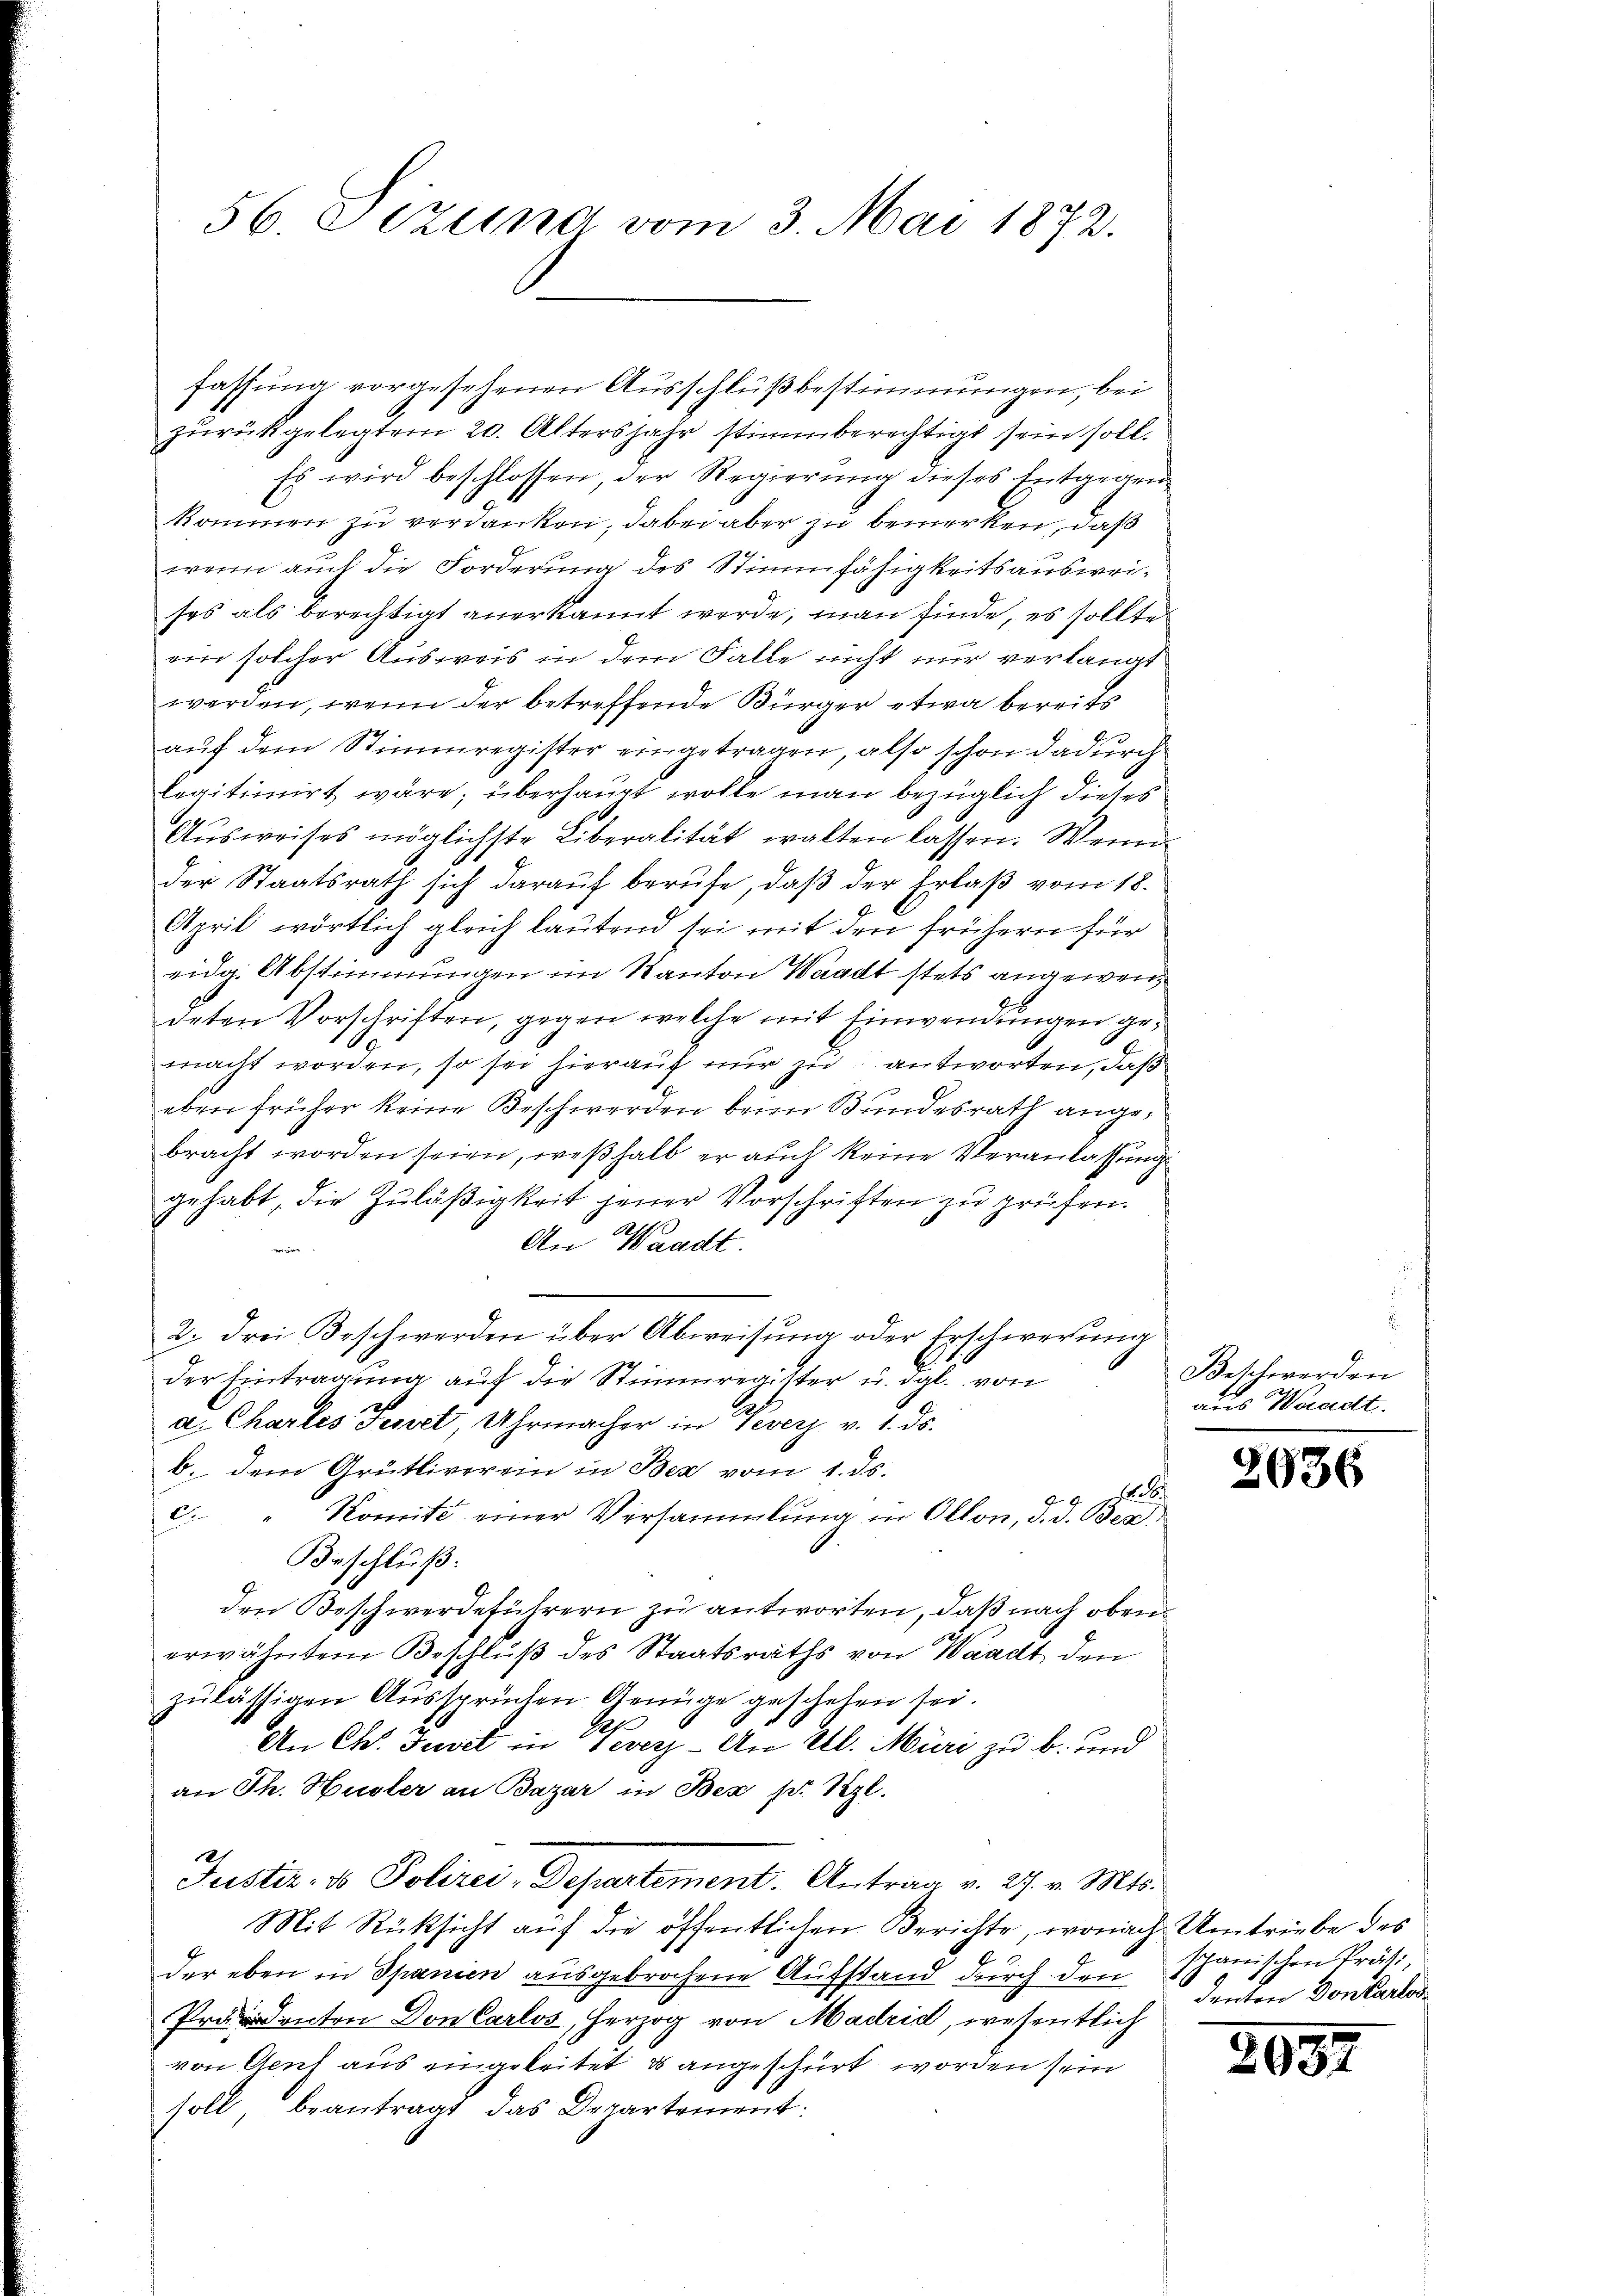
56. Sezung vom 3. Mai 1872.

fassung vorgesehenen Ausschlußbestimmungen, bei
zŭrückgelegtem 20. Altersjahr stimmberechtigt sein soll.
Es wird beschlossen, der Regierung dieses Entgegen
kommen zu verdanken, dabei aber zu bemerken, daß
wenn auch die Forderung des Stimmfähigkeitsausweises als berechtigt anerkannt werde, man finde, es sollte
ein solcher Ausweis in dem Falle nicht nur verlangt
werden, wenn der betreffende Bürger etwa bereits
auf dem Stimmregister eingetragen, also schon dadurch
legitimirt wäre; überhaupt wolle man bezüglich dieses
Aŭsweises möglichste Liberalität walten lassen. Wenn
der Staatsrath sich darauf berufe, daß der Erlaß vom 18.
April wörtlich gleich lautend sei mit den frühern für
eida. Abstimmungen im Kanton Waadt stets angewendeten Vorschriften, gegen welche mit Einwendungen gemacht worden, so sei hierauf nur zu antworten, daß
eben früher keine Beschwerden beim Bundesrath angebracht worden seien, weßhalb er auch keine Veranlassung
gehabt, die Zuläßigkeit jener Vorschriften zu prüfen.
An Waadt.
i
2. drei Beschwerden über Abweisung oder Erschwerung
der Eintragung auf die Stimmregister u. dgl. von
a. Chartes Tessel, Uhrmacher in Veverz v. 1. ds.
b. dem Grütliverein in Bez vom 1. ds.
128
c. " Komité einer Versammlung in Olton, d. d. Bez
Beschluß:
den Beschwerdeführern zu antworten, daß nach obenerwähnten Beschluß des Staatsraths von Waadt den
zulässigen Aussprüchen Genüge geschehen sei.
An Ch. Jusel in verz - An Al. Müri zu b. und
an Th. Hüsler an Bazar in Bex pr. Szl.
Justiz- & Polizei, Departement. Antrag v. 27. v. Mts.
Mit Rücksicht auf die öffentlichen Berichte, wonach Umtriebe des
der eben in Spanien ausgebrochene Aufstand durch den Schanischen Präsi¬
Präsidenten Don Carlos, Herzog von Madrid, wesentlich
von Gent aus eingeleitet & angeschirt worden sein
soll, beantragt das Departement:

Beschwerden
aus Waadt.

2936

denten Don Carlos

3987